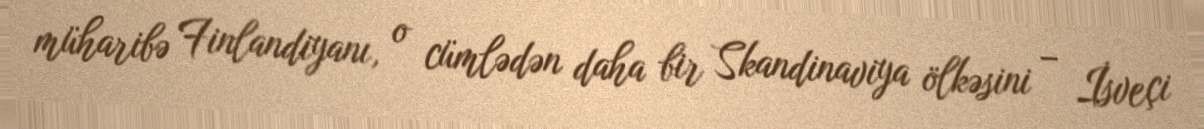
müharibə Finlandiyanı, o cümlədən daha bir Skandinaviya ölkəsini – İsveçi